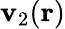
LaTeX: \mathbf{v}_{2}(\mathbf{{r}})